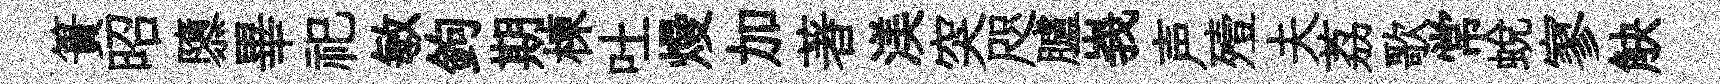
簣昭隳畢祀敏鉤期棟吐熳加著渼突咫臚峩声殪夫荔歌常蜕寥觖